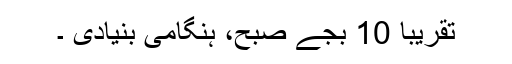
تقریبا 10 بجے صبح، ہنگامی بنیادی ۔